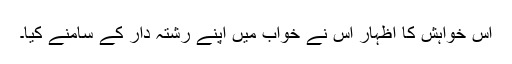
اس خواہش کا اظہار اس نے خواب میں اپنے رشتہ دار کے سامنے کیا۔